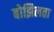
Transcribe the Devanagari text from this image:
बोझिलता